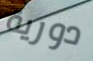
دورية